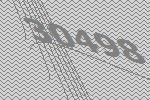
30498